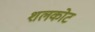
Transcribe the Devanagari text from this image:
शलकोट